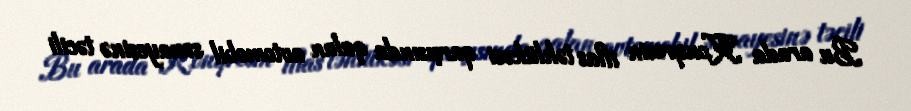
Bu arada Konqresin iflas təhlükəsi qarşısında qalan avtomobil sənayesinə təcili